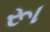
રૂા